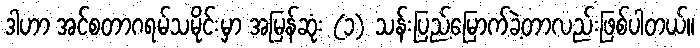
ဒါဟာ အင်စတာဂရမ်သမိုင်းမှာ အမြန်ဆုံး (၁) သန်းပြည့်မြောက်ခဲ့တာလည်းဖြစ်ပါတယ်။